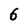
Character: 6